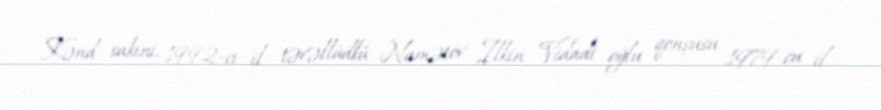
Kənd sakini, 1992-ci il təvəllüdlü Namətov İlkin Vidadi oğlu qonşusu 1979-cu il